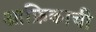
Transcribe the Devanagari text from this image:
आफ्रिकाची